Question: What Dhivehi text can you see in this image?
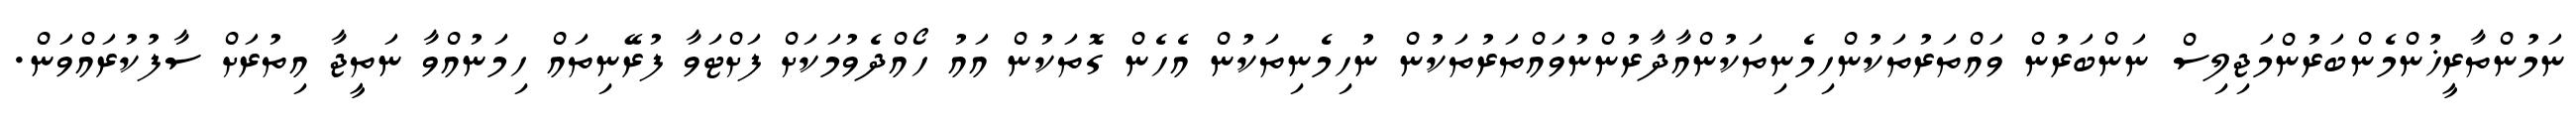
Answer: ނަމުންތާރީޚުންމެންބަރުންމަޖިލިސް ނަންބަރުން ވައްތަރުތަކުންހިމެނިތަކުންއާދާރުންނުވައްތަރުތަކުން ނުހިމެނިތަކުން އެހެން ގޮތަކުން އައު ހޯއްދެވުމަކަށް ފަށްޓަވާ ފުރޭނިތައް ހިމަނުއްވާ ނަތީޖާ އިތުރަށް ސާފުކުރައްވަން.